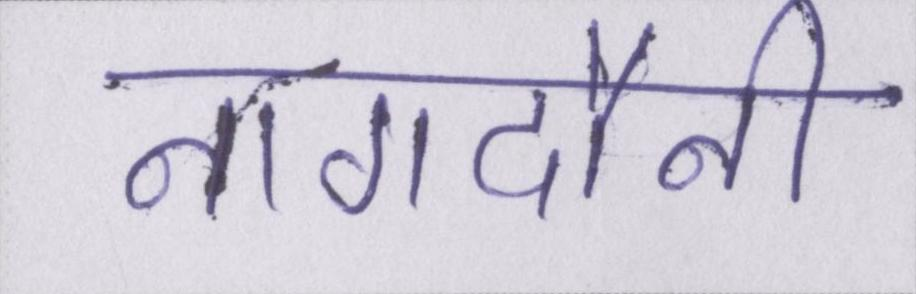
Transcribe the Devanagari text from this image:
नागदौनी